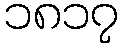
၁၈၁၇